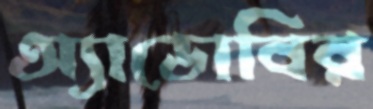
অ্যাডোবির